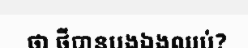
ថា ថីបានបងឯងឈប់?